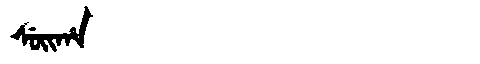
Manchu: ᠰᡠᡳᡥᠠ
Romanization: SUIHA